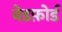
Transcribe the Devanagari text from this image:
वेडफ़ोर्ड